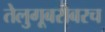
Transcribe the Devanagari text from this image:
तेलुगूबरोबरच